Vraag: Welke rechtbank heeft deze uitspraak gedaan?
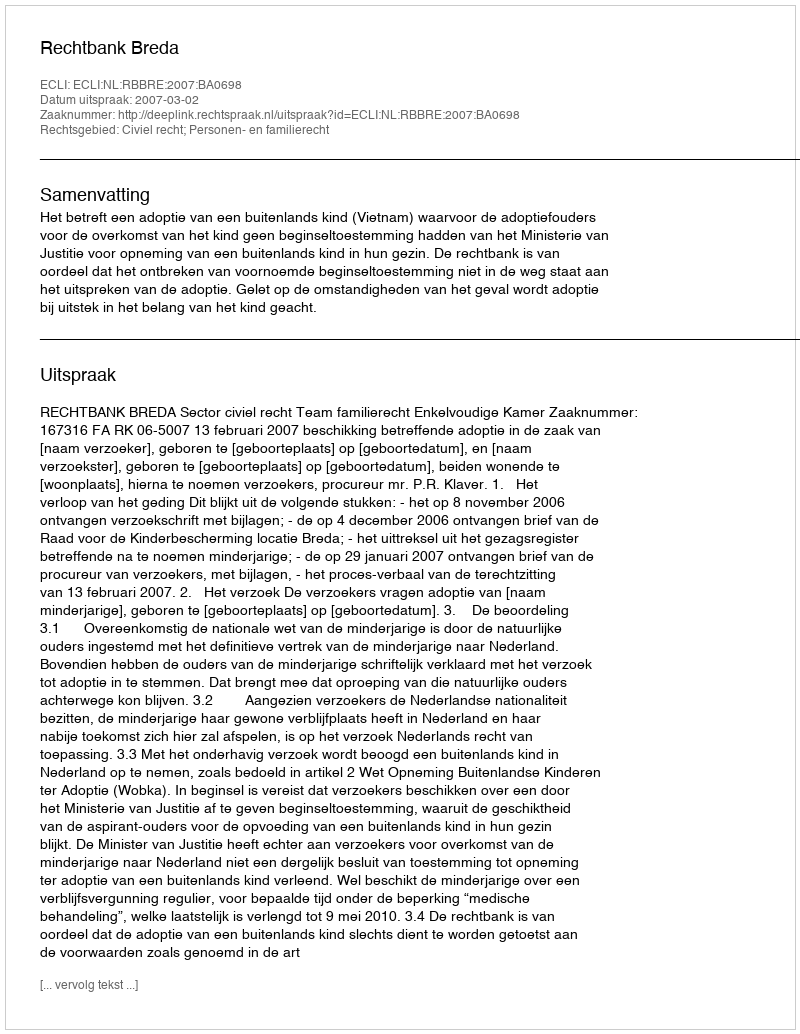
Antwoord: Rechtbank Breda